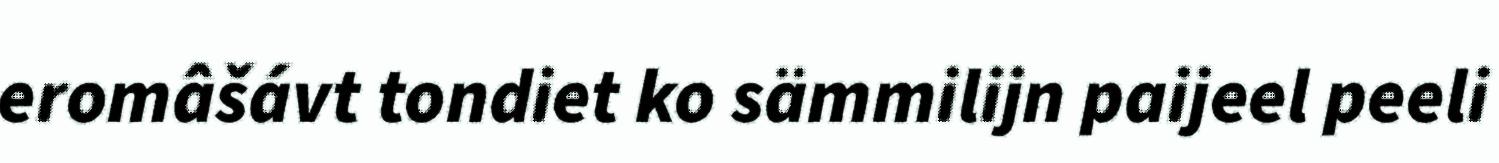
eromâšávt tondiet ko sämmilijn paijeel peeli